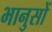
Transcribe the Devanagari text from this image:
भानुसों